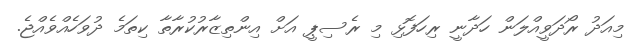
މިއަދު ރޯދަވީއްލަން ހަދާނީ ރިހަފޮޅި މި ރެސިޕީ އަށް އިންތިޒާރުކުރާތާ ކިތަމެ ދުވަހެއްވެއްޖެ.